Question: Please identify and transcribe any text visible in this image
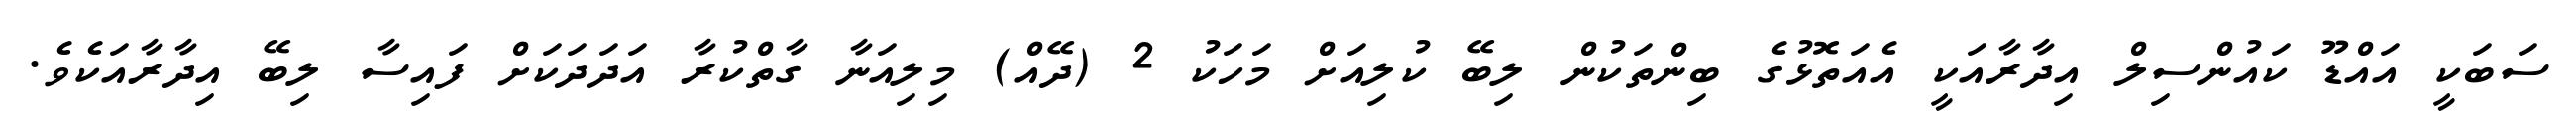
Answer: ސަބަކީ އައްޑޫ ކައުންސިލް އިދާރާއަކީ އެއަތޮޅުގެ ބިންތަކުން ލިބޭ ކުލިއަށް މަހަކު 2 (ދޭއް) މިލިއަނާ ގާތްކުރާ އަދަދަކަށް ފައިސާ ލިބޭ އިދާރާއަކެވެ.